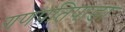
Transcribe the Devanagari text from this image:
गणपतिपाडा